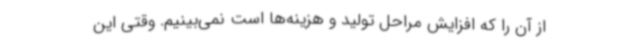
از آن را که افزایش مراحل تولید و هزینه‌ها است نمی‌بینیم. وقتی این